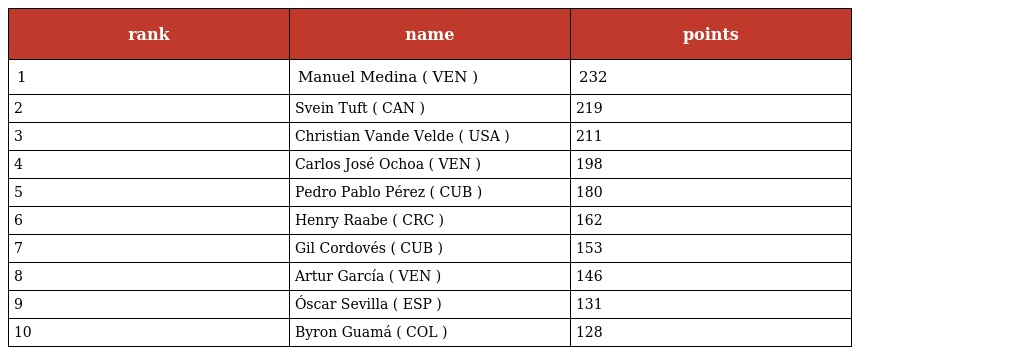
| rank | name | points |
 | --- | --- | --- |
 | 1 | Manuel Medina ( VEN ) | 232 |
 | 2 | Svein Tuft ( CAN ) | 219 |
 | 3 | Christian Vande Velde ( USA ) | 211 |
 | 4 | Carlos José Ochoa ( VEN ) | 198 |
 | 5 | Pedro Pablo Pérez ( CUB ) | 180 |
 | 6 | Henry Raabe ( CRC ) | 162 |
 | 7 | Gil Cordovés ( CUB ) | 153 |
 | 8 | Artur García ( VEN ) | 146 |
 | 9 | Óscar Sevilla ( ESP ) | 131 |
 | 10 | Byron Guamá ( COL ) | 128 |